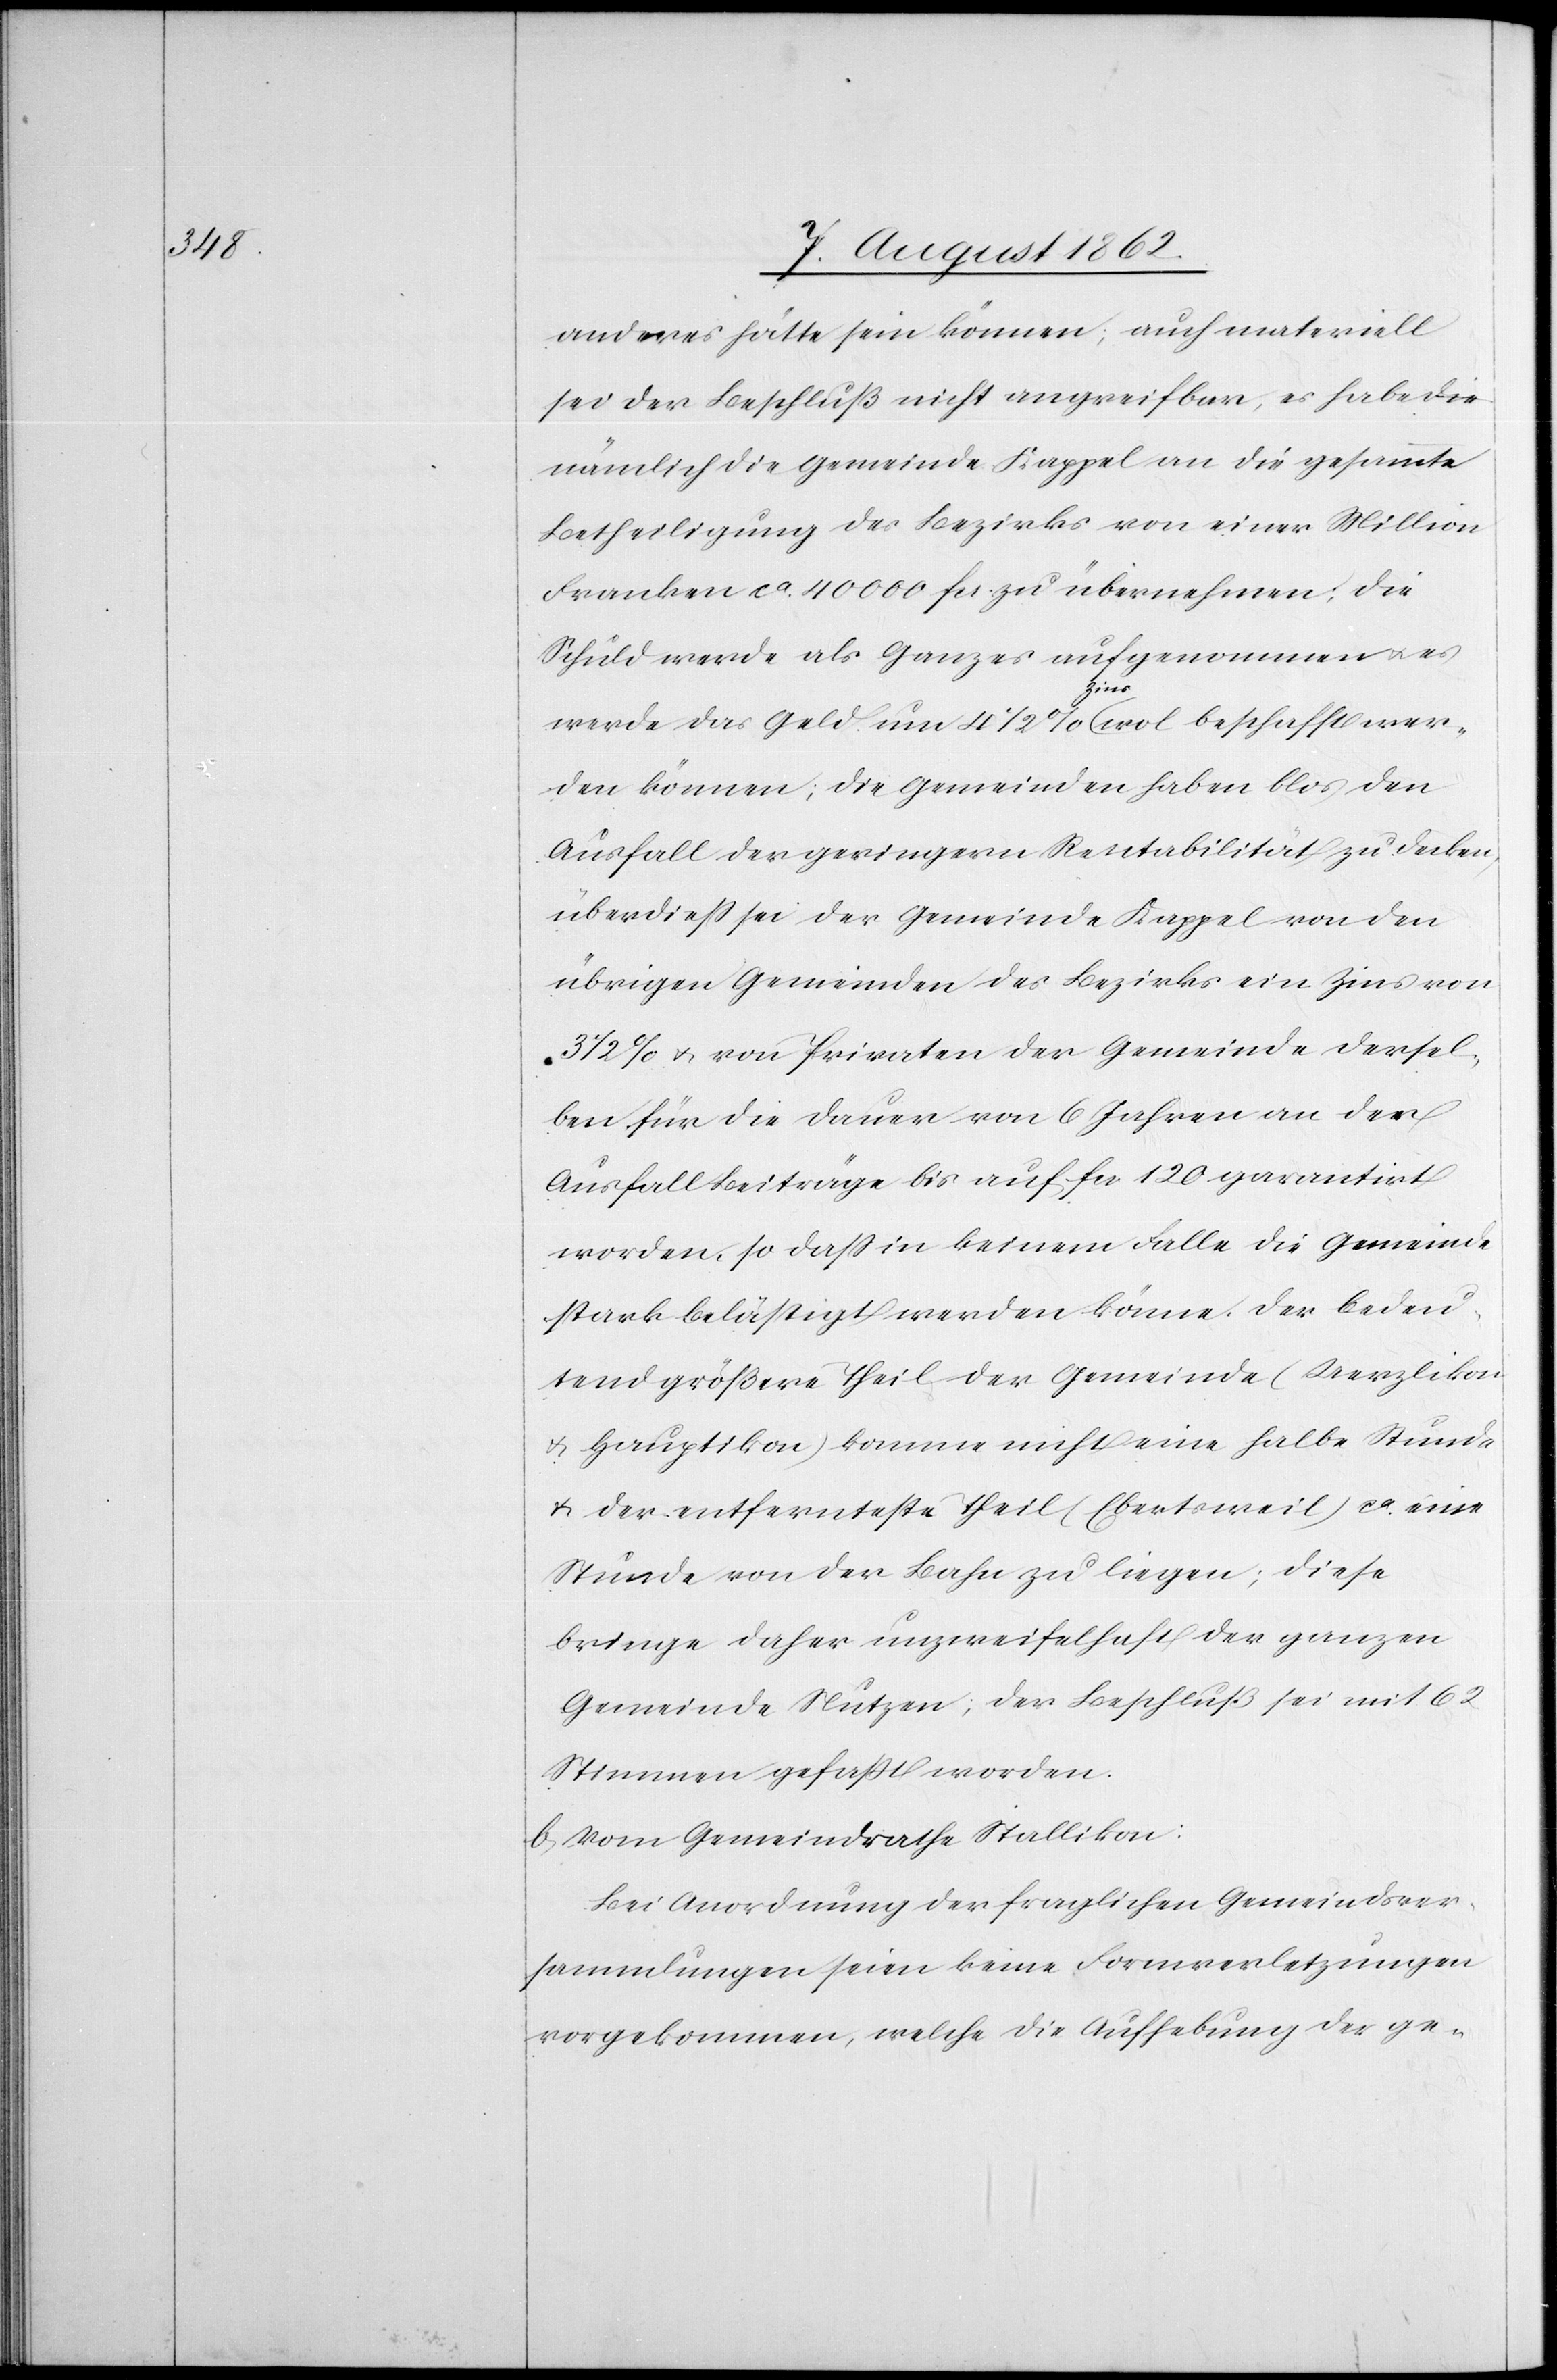
anderes hätte sein können, auch materiell
sei der Beschluß nicht angreifbar, es habe die
nämlich die [sic!] Gemeinde Kappel an die gesammte
Betheiligung des Bezirkes von einer Million
Franken ca 40 000 fcs. zu übernehmen; die
Schuld werde als Ganzes aufgenommen u. es
werde das Geld um 4 1/2% Zins wol beschafft wer¬
den können; die Gemeinden haben blos den
Ausfall der geringern Rentabilität zu decken,
überdieß sei der Gemeinde Kappel von den
übrigen Gemeinden des Bezirkes ein Zins von
3 1/2% u. von Privaten der Gemeinde dersel¬
ben für die Dauer von 6 Jahren an den
Ausfall Beiträge bis auf fcs. 120 garantirt
worden, so daß in keinem Falle die Gemeinde
stark belästigt werden könne. Der Bedeu¬
tend größere Theil der Gemeinde (Uerzlikon
u. Hauptikon) komme nicht eine halbe Stunde
u. der entfernteste Theil (Ebertsweil) ca eine
Stunde von der Bahn zu liegen; diese
bringe daher unzweifelhaft der ganzen
Gemeinde Nutzen; der Beschluß sei mit 162
Stimmen gefaßt worden.
b. Vom Gemeindrathe Stallikon.
Bei Anordnung der fraglichen Gemeindsver¬
sammlungen seien keine Formverletzungen
vorgekommen, welche die Aufhebung der ge-